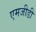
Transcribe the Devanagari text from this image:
एमजीडी